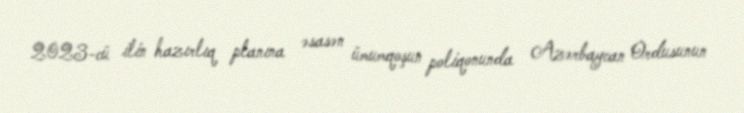
2023-cü ilin hazırlıq planına əsasən ümumqoşun poliqonunda Azərbaycan Ordusunun